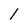
Character: 1